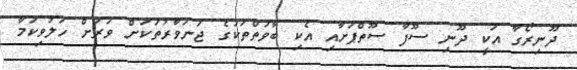
ދޫނިރޯގާ އަކީ ދޫނި ސޫފާ ސޫތްޕަށާއި އެކި ބާވަތްތަކުގެ ޖަނަވާރުތަކަށް ވަރަށް ހަލުވިކަމާ